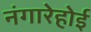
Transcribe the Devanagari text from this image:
नंगारेहोई